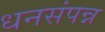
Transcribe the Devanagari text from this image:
धनसंपन्न